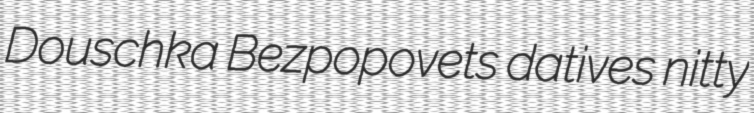
Douschka Bezpopovets datives nitty